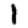
Digit: 1